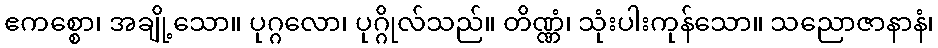
ဧကစ္စော၊ အချို့သော။ ပုဂ္ဂလော၊ ပုဂ္ဂိုလ်သည်။ တိဏ္ဏံ၊ သုံးပါးကုန်သော။ သညောဇာနာနံ၊